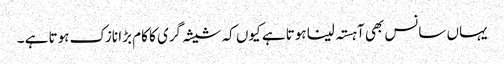
یہاں سانس بھی آہستہ لینا ہوتا ہے کیوں کہ شیشہ گری کا کام بڑا نازک ہوتا ہے ۔